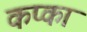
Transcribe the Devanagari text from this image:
कप्का